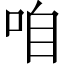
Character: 咱